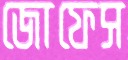
জোফেস